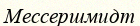
Мессершмидт